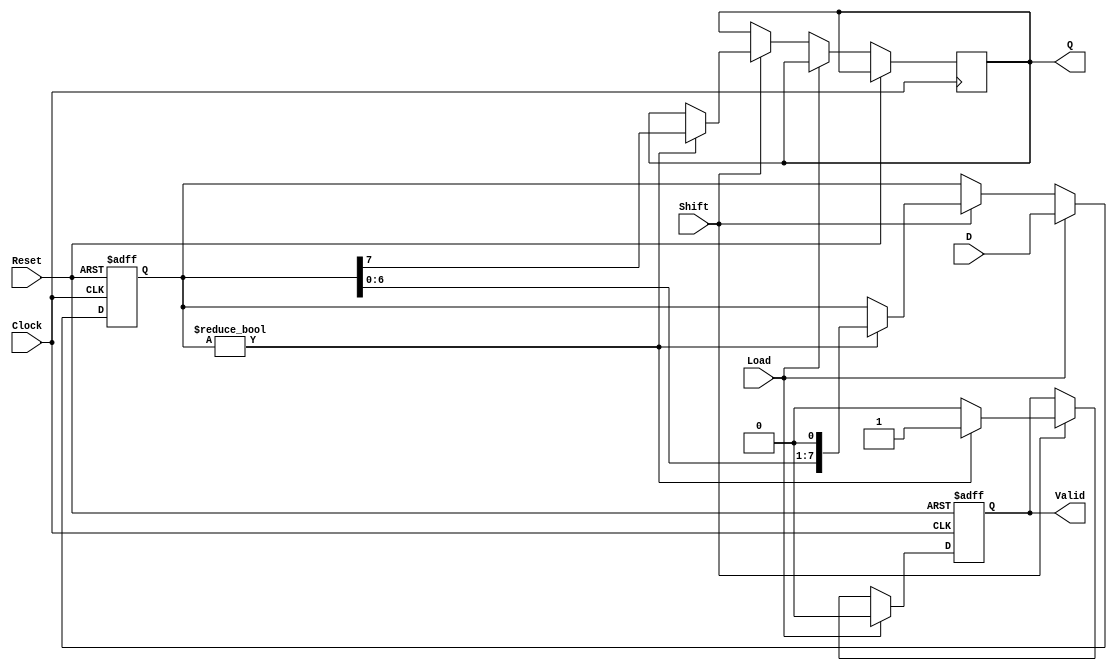
module PISO_Register (
    input wire [7:0] D,            // 8-bit data input
    input wire Load,               // Load control signal
    input wire Shift,              // Shift control signal
    input wire Clock,              // Clock signal
    input wire Reset,              // Reset signal (optional)
    output reg Q,                  // Serial output
    output reg Valid               // Indicates when output is valid
);

    reg [7:0] shift_reg;           // 8-bit shift register

    always @(posedge Clock or posedge Reset) begin
        if (Reset) begin
            shift_reg <= 8'b0;     // Clear the shift register on reset
            Valid <= 1'b0;         // Output is not valid when reset
        end else if (Load) begin
            shift_reg <= D;        // Load data on Load signal
            Valid <= 1'b0;         // Reset output valid flag
        end else if (Shift) begin
            if (shift_reg != 8'b0) begin
                Q <= shift_reg[7]; // Output the MSB
                shift_reg <= {shift_reg[6:0], 1'b0}; // Shift left
                Valid <= 1'b1;     // Mark output as valid
            end else begin
                Valid <= 1'b0;     // No valid output if shift register is empty
            end
        end
    end

endmodule